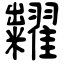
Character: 糶